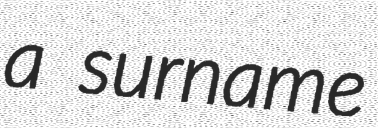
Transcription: a surname